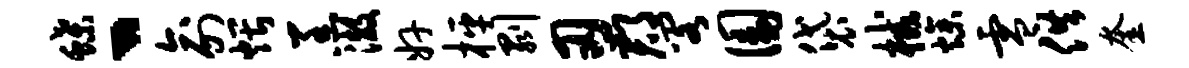
蝶丶俞煨羔澈奸枰剥刃郡阁圜袋械燥零供奎